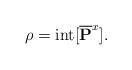
LaTeX: \begin{align*} \rho = {\rm int}[ \overline{\mathbf{P}}^{x}].\end{align*}